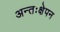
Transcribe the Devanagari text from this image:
अन्तःक्षेपन